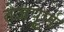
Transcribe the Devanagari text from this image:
तेजपूर्ण